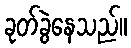
ခုတ်ခွဲနေသည်။